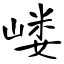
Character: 嵝